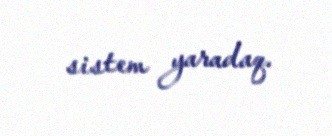
sistem yaradaq.